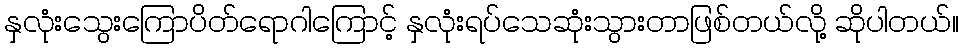
နှလုံးသွေးကြောပိတ်ရောဂါကြောင့် နှလုံးရပ်သေဆုံးသွားတာဖြစ်တယ်လို့ ဆိုပါတယ်။